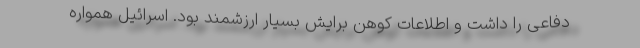
دفاعی را داشت و اطلاعات کوهن برایش بسیار ارزشمند بود. اسرائیل همواره